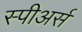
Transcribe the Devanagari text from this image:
स्पीअर्स